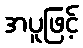
အပူဖြင့်